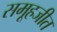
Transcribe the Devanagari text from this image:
समूहजीत